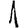
Digit: 1